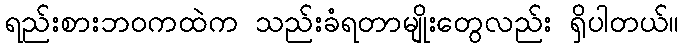
ရည်းစားဘဝကထဲက သည်းခံရတာမျိုးတွေလည်း ရှိပါတယ်။